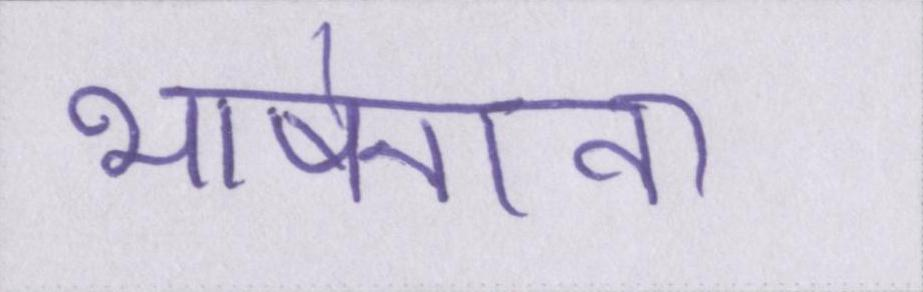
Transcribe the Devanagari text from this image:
भाषेनाना